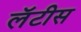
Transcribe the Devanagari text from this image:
लॅटीस